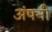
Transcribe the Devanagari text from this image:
अंपनी